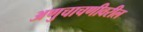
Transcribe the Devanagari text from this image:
अणुचाचणीवरील